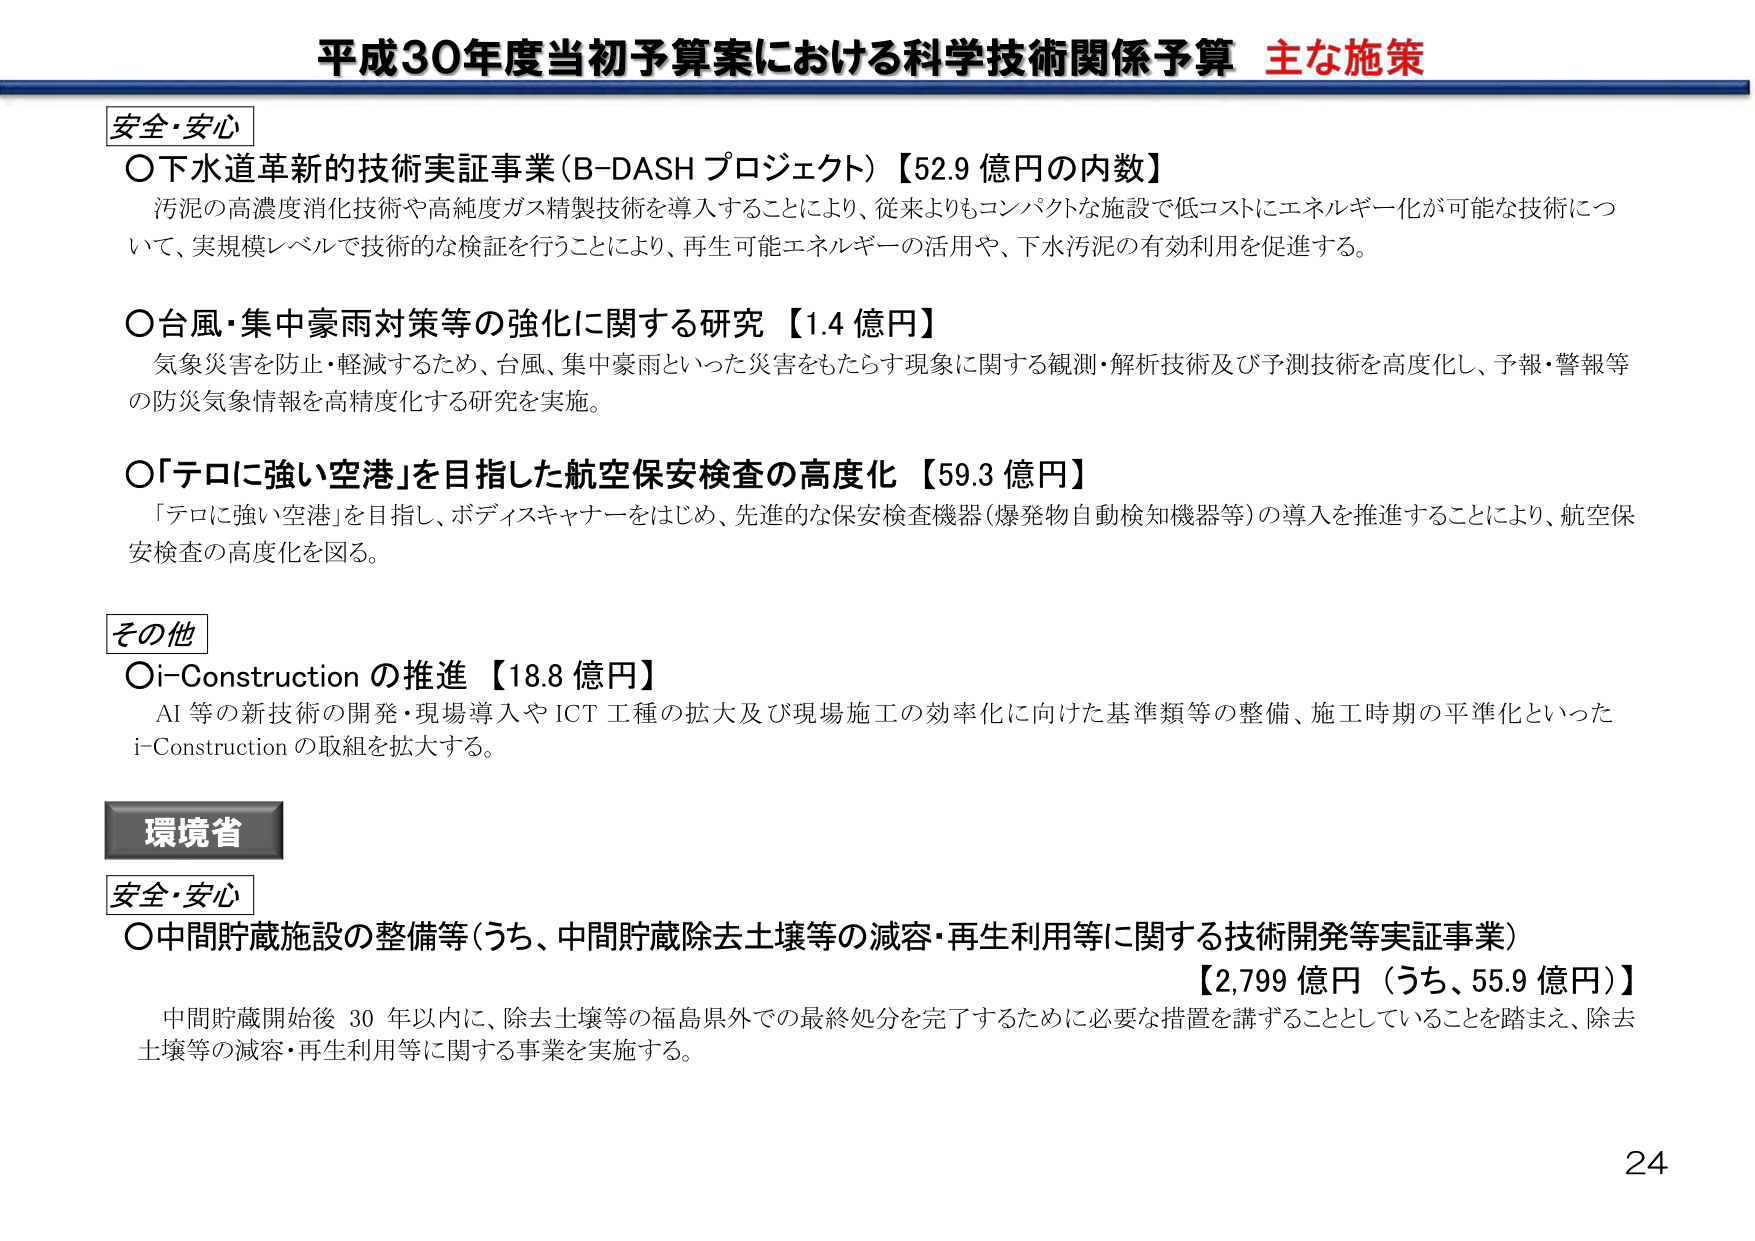
平成30年度当初予算案における科学技術関係予算 主な施策

安全・安心
○下水道革新的技術実証事業（B-DASH プロジェクト）【52.9 億円の内数】
汚泥の高濃度消化技術や高純度ガス精製技術を導入することにより、従来よりもコンパクトな施設で低コストにエネルギー化が可能な技術について、実規模レベルで技術的な検証を行うことにより、再生可能エネルギーの活用や、下水汚泥の有効利用を促進する。

○台風・集中豪雨対策等の強化に関する研究【1.4 億円】
気象災害を防止・軽減するため、台風、集中豪雨といった災害をもたらす現象に関する観測・解析技術及び予測技術を高度化し、予報・警報等の防災気象情報を高精度化する研究を実施。

○「テロに強い空港」を目指した航空保安検査の高度化【59.3 億円】
「テロに強い空港」を目指し、ボディスキャナーをはじめ、先進的な保安検査機器（爆発物自動検知機器等）の導入を推進することにより、航空保安検査の高度化を図る。

その他
○i-Construction の推進【18.8 億円】
AI 等の新技術の開発・現場導入や ICT 工種の拡大及び現場施工の効率化に向けた基準類等の整備、施工時期の平準化といった i-Construction の取組を拡大する。

環境省
安全・安心
○中間貯蔵施設の整備等（うち、中間貯蔵除去土壌等の減容・再生利用等に関する技術開発等実証事業）
【2,799 億円（うち、55.9 億円）】
中間貯蔵開始後 30 年以内に、除去土壌等の福島県外での最終処分を完了するために必要な措置を講ずることとしていることを踏まえ、除去土壌等の減容・再生利用等に関する事業を実施する。

24